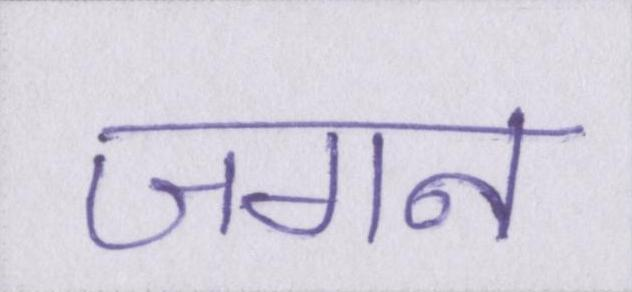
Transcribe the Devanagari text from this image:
जगन